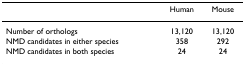
<table><thead><tr><td>[EMPTY_CELL]</td><td><b>Human</b></td><td><b>Mouse</b></td></tr></thead><tbody><tr><td>Number of orthologs</td><td>13,120</td><td>13,120</td></tr><tr><td>NMD candidates in either species</td><td>358</td><td>292</td></tr><tr><td>NMD candidates in both species</td><td>24</td><td>24</td></tr></tbody></table>